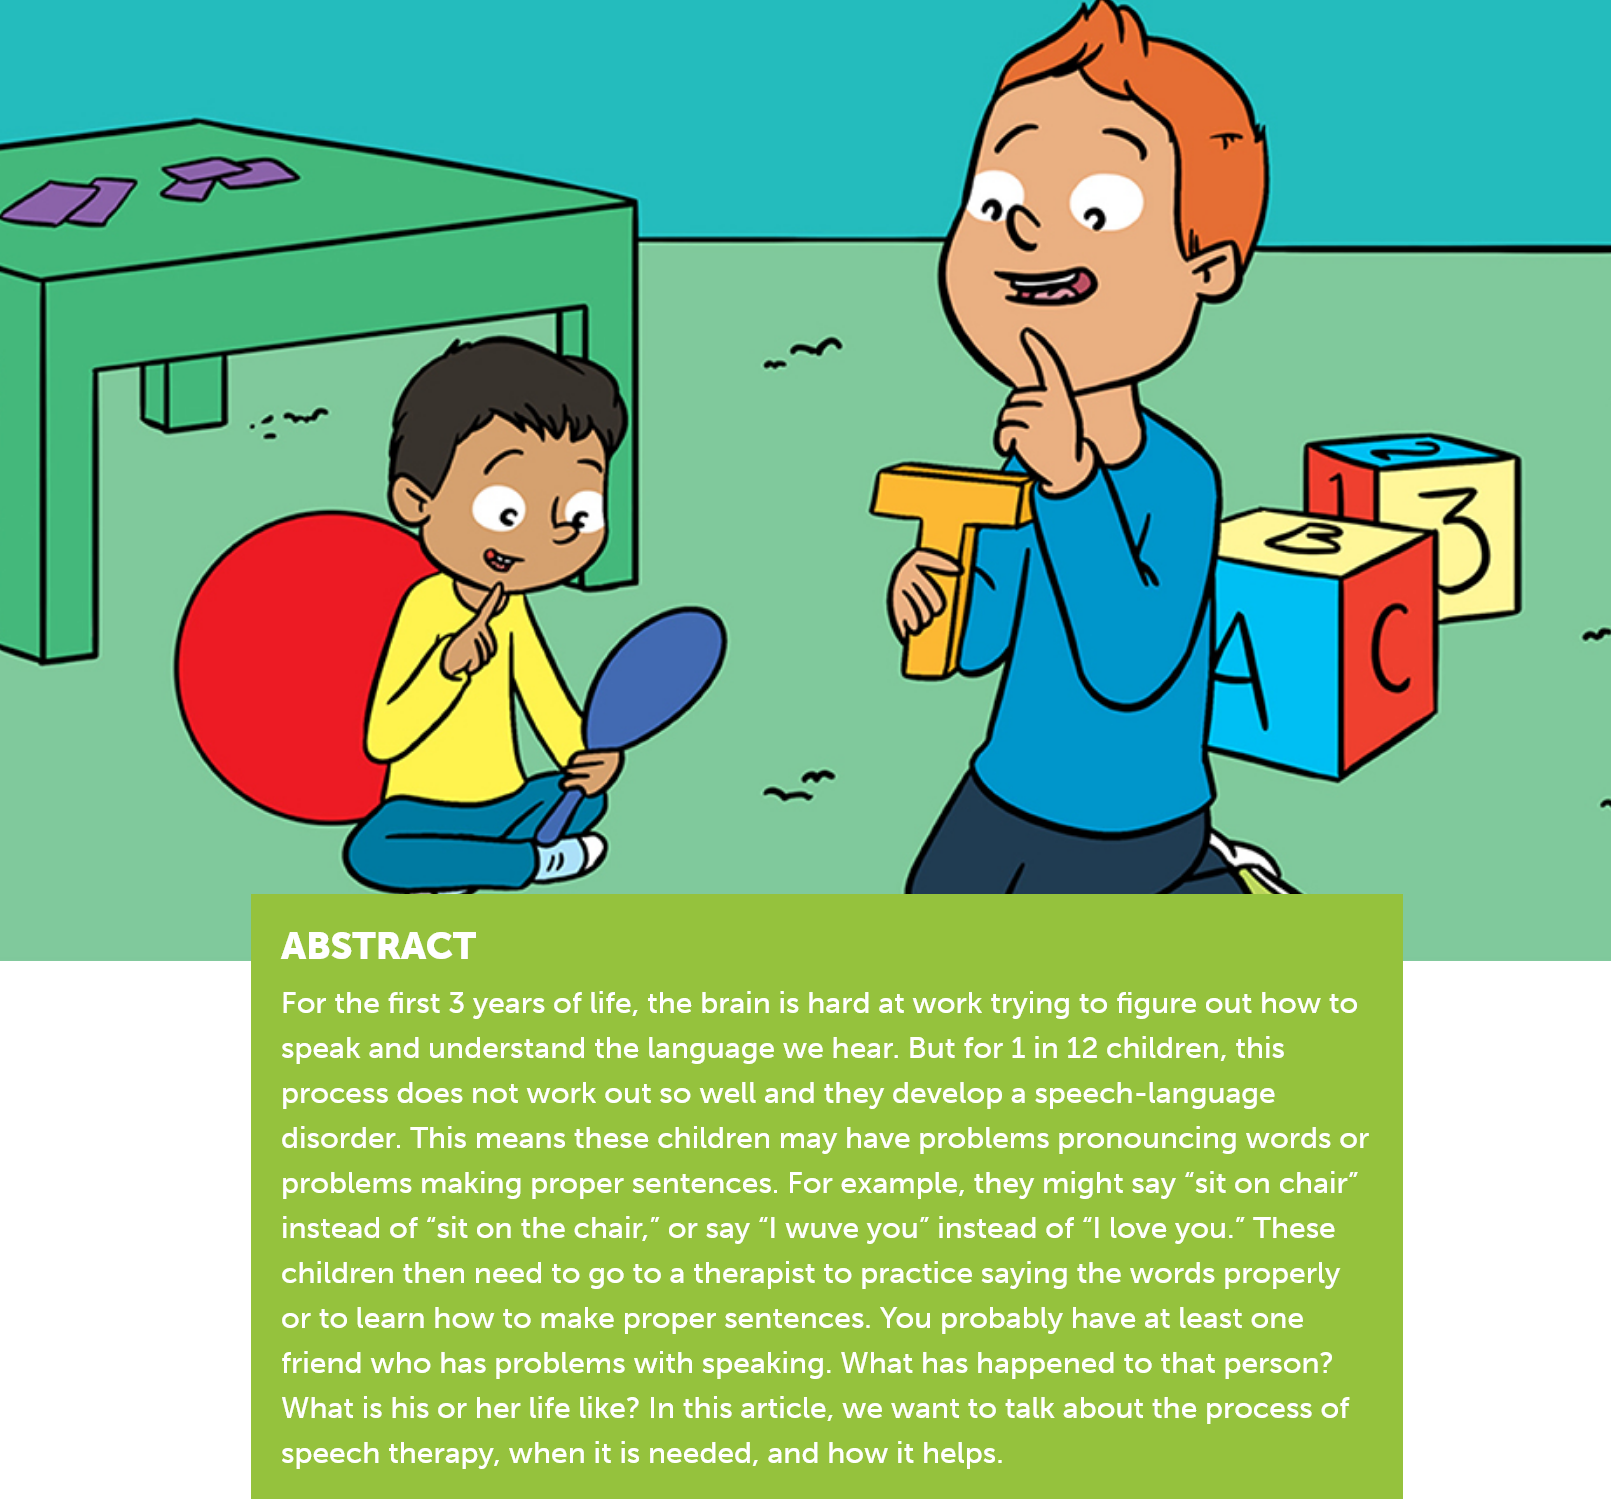
PN}   y(egy
     For the first 3 years of life, the brain is hard at work trying to figure out how to
     speak and understand the language we hear. But for 1 in 12 children, this
     process does not work out so well and they develop a speech-language
     disorder. This means these children may have problems pronouncing words or
     problems making proper sentences. For example, they might say “sit on chair”
     instead of “sit on the chair,” or say “| wuve you” instead of “I love you.” These
     children then need to go to a therapist to practice saying the words properly
     or to learn how to make proper sentences. You probably have at least one
     friend who has problems with speaking. What has happened to that person?
     What is his or her life like? In this article, we want to talk about the process of
     speech therapy, when it is needed, and how it helps.